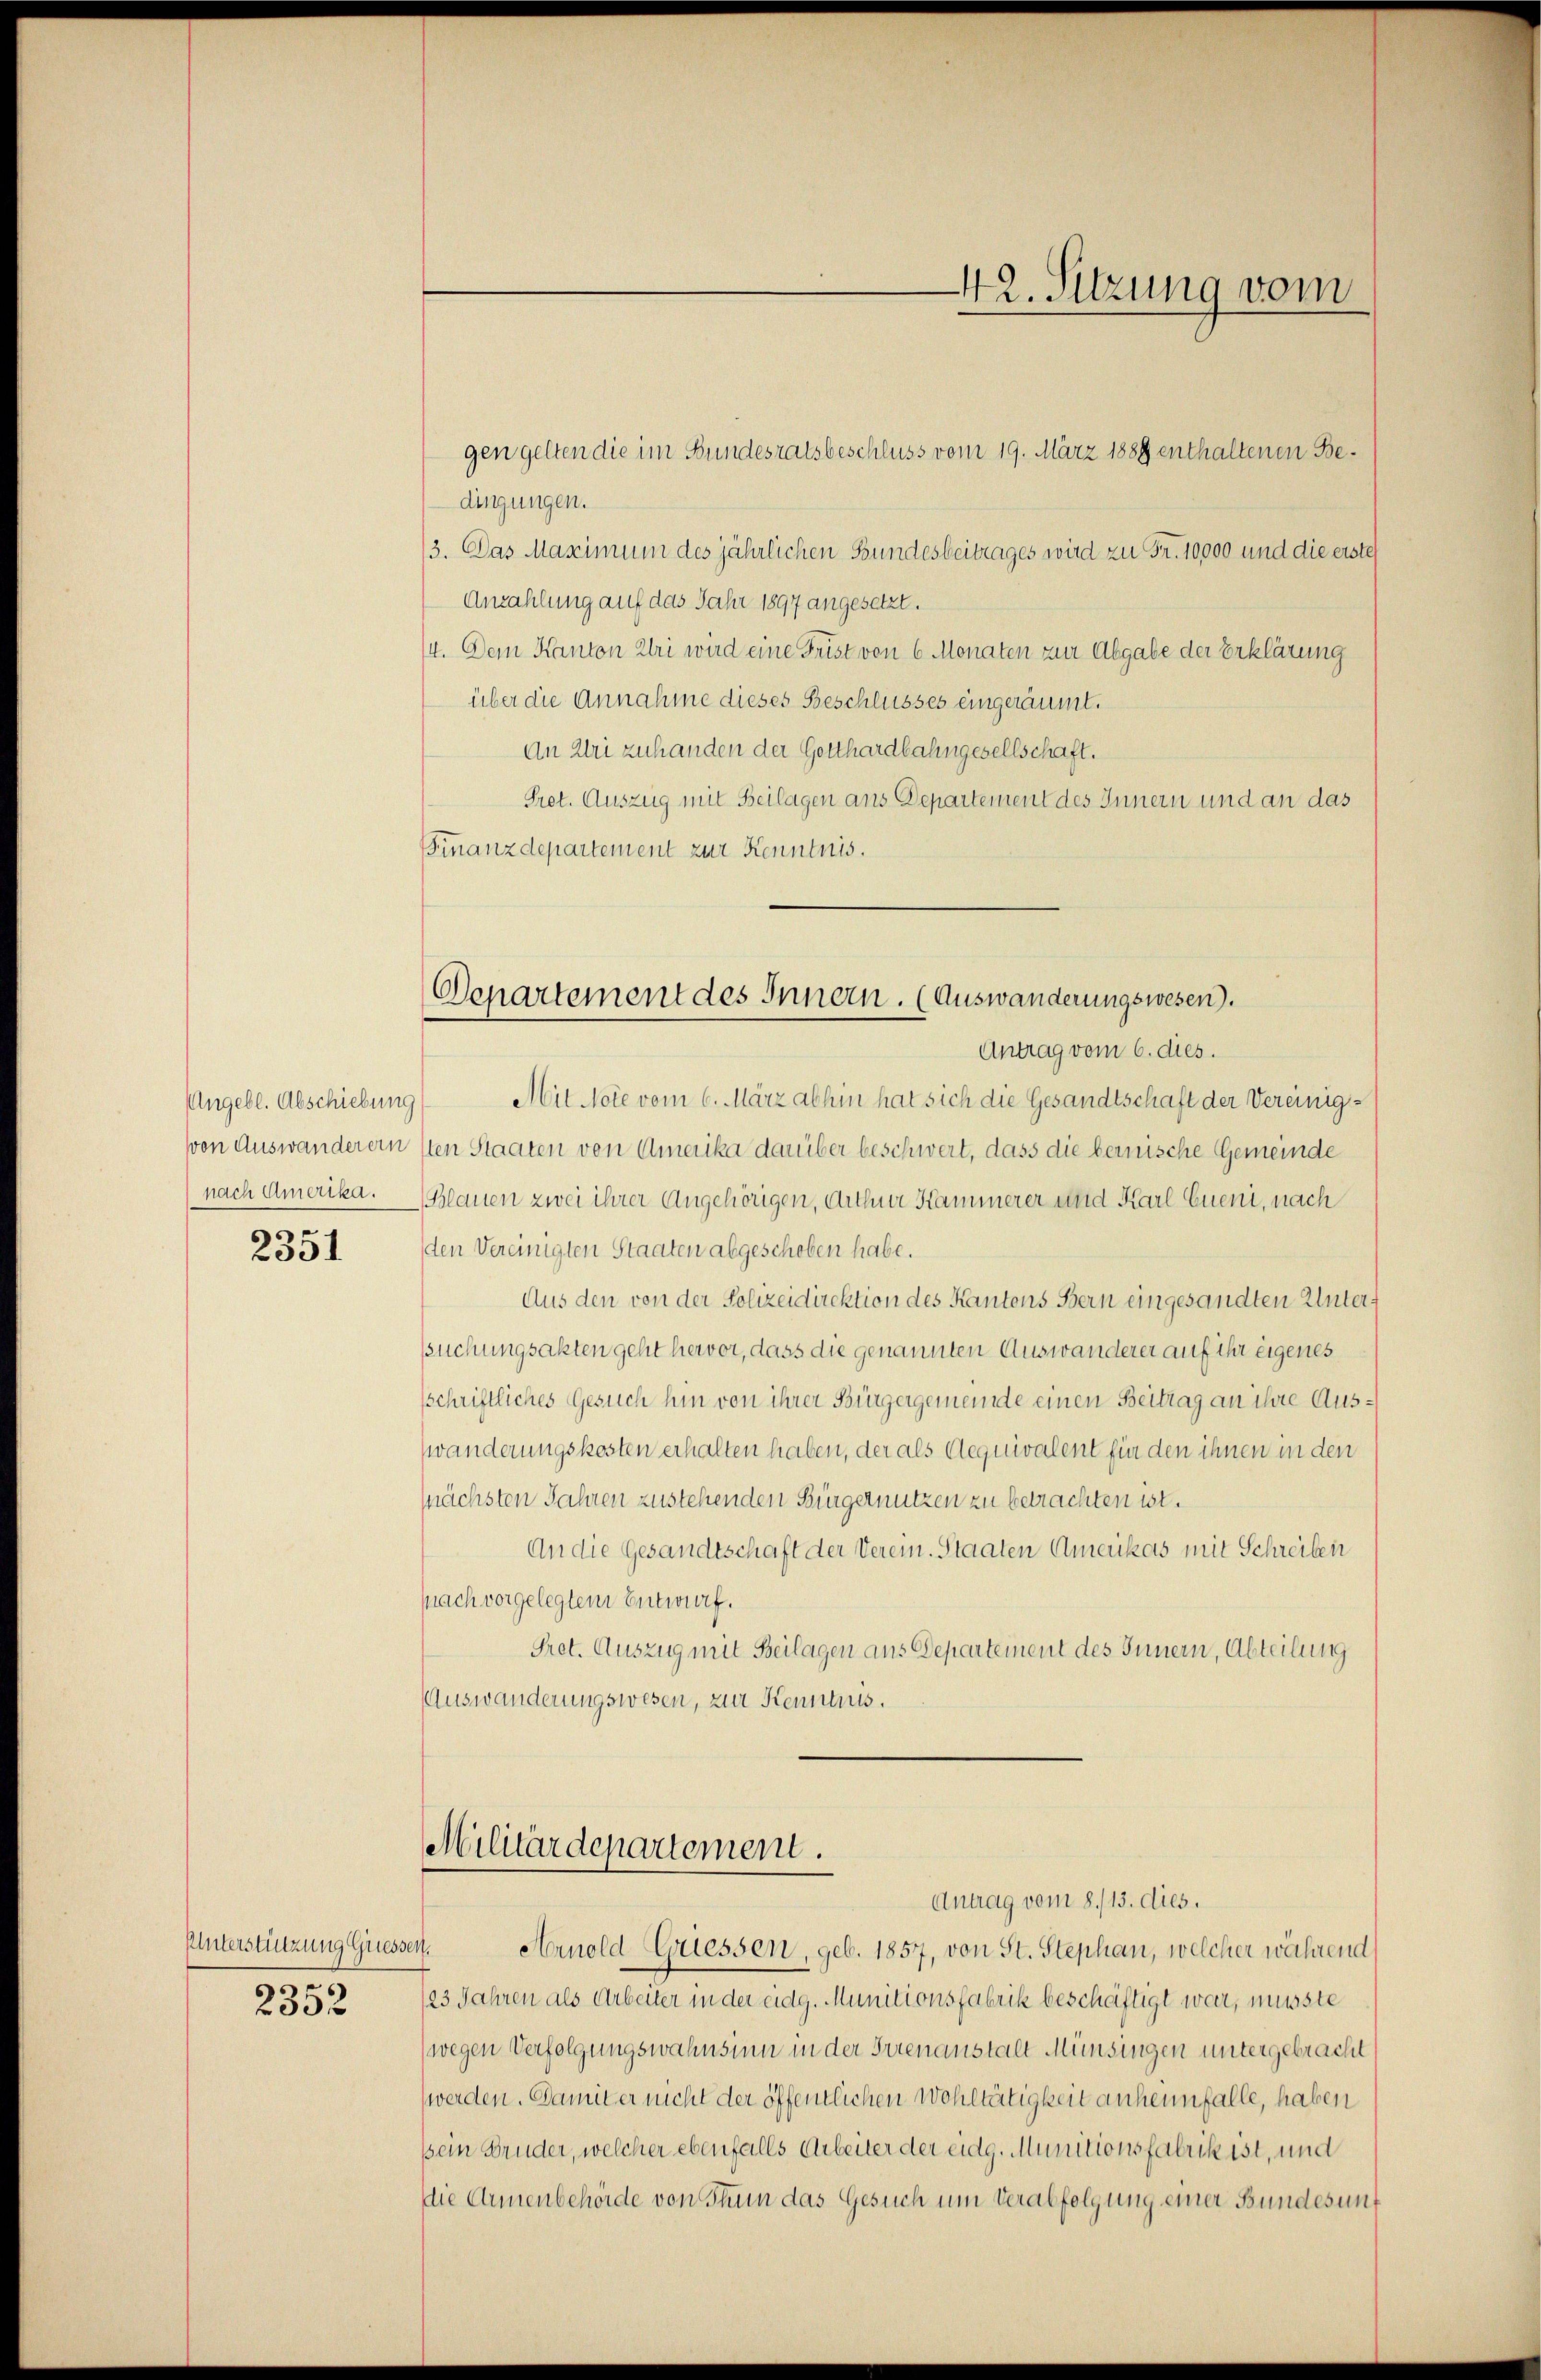
Angebl. Abschiebung
von Auswanderein
nach Amerika.

2091

Unterstruzung Griessen.
2352

Departement des Innern. (Auswanderungswesen).

gen gelten die im Bundesratsbeschluss vom 19. März 1889 enthaltenen Bedingungen.
/3. Das Maximum des jährlichen Bundesbeitrages wird zu Fr. 10,000 und die erste
Anzahlung auf das Jahr 1897 angesetzt.
14. Dem Kanton Zlri wird eine Frist von 6 Monaten zur Abgabe der Erklärung
über die Annahme dieses Beschlusses eingeräumt.
An Uri zuhanden der Gotthardbahngesellschaft.
Prot. Auszug mit Beilagen aus Departement des Innern und an das
Finanzdepartement zur Kenntnis.
Antrag vom 6. dies.
1) Mit Note vom 6. März abhin hat sich die Gesandtschaft der Vereinigsten Staaten von Amerika darüber beschwert, dass die berische Gemeinde
Blauen zwei ihrer Angehörigen, Arthner Kammerer und Karl Eueni, nach
den Vereinigten Staaten abgeschoben habe.
Aus den von der Polizeidirektion des Kantons Bern eingesandten Untersuchungsakten geht hervor, dass die genannten Auswanderer auf ihr eigenes
sschriftliches Gesuch hin von ihrer Bürgergemeinde einen Beitrag an ihre Auswänderungskosten erhalten haben, der als Aequivalent für den ihnen in den
nächsten Jahren zustehenden Bürgernutzen zu betrachten ist.
An die Gesandtschaft der Verein. Staaten Amerikas mit Schreiben
snach vorgelegtem Entwurf.
Pret. Auszug mit Beilagen aus Departement des Innern, Abteilung
Auswanderungswesen, zur Kenntnis.

Militärdepartement.

42. Sitzung vom

Antrag vom 8./13. dies.
Arnold Griessen, geb. 1857, von St. Stephan, welcher während
123 Jahren als Arbeiter in der eidg. Munitionsfabrik beschäftigt war, musste
(wegen Verfolgungswahnsum in der Trienanstalt Münsingen untergebracht
werden. Damit er nicht der öffentlichen Wohltätigkeit anheimfalle, haben
sein Bruder, welcher ebenfalls Arbeiter der eidg. Munitionsfabrik ist, und
die Annenbehörde von Thun das Gesuch um Verabfolgung einer Bundes unf